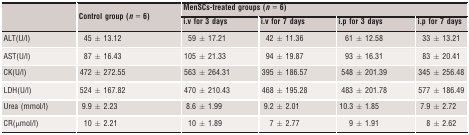
| <ROWSPAN=2>  | <ROWSPAN=2> Control group (n = 6) | <COLSPAN=4> MenSCs‐treated groups (n = 6) |
 | i.v for 3 days | i.v for 7 days | i.p for 3 days | i.p for 7 days |
 | --- | --- | --- | --- | --- | --- |
 | ALT(U/l) | 45 ± 13.12 | 59 ± 17.21 | 42 ± 11.36 | 61 ± 12.58 | 33 ± 13.21 |
 | AST(U/l) | 87 ± 16.43 | 105 ± 21.33 | 94 ± 19.87 | 93 ± 16.31 | 83 ± 20.41 |
 | CK(U/l) | 472 ± 272.55 | 563 ± 264.31 | 395 ± 186.57 | 548 ± 201.39 | 345 ± 256.48 |
 | LDH(U/l) | 524 ± 167.82 | 470 ± 210.43 | 468 ± 195.28 | 483 ± 201.78 | 577 ± 186.49 |
 | Urea (mmol/l) | 9.9 ± 2.23 | 8.6 ± 1.99 | 9.2 ± 2.01 | 10.3 ± 1.85 | 7.9 ± 2.72 |
 | CR(μmol/l) | 10 ± 2.21 | 10 ± 1.89 | 7 ± 2.77 | 9 ± 1.91 | 8 ± 2.62 |